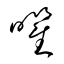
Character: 曜